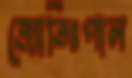
জ্যোতিঃপাল